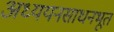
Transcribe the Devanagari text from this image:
अध्ययनसाधनभूत